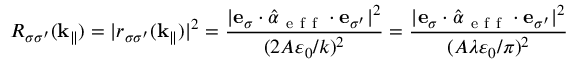
R _ { \sigma \sigma ^ { \prime } } ( \mathbf { k } _ { \| } ) = | r _ { \sigma \sigma ^ { \prime } } ( \mathbf { k } _ { \| } ) | ^ { 2 } = \frac { | \mathbf { e } _ { \sigma } \cdot \hat { \boldsymbol { \alpha } } _ { \mathrm { ~ e ~ f ~ f ~ } } \cdot \mathbf { e } _ { \sigma ^ { \prime } } | ^ { 2 } } { ( 2 A \varepsilon _ { 0 } / k ) ^ { 2 } } = \frac { | \mathbf { e } _ { \sigma } \cdot \hat { \boldsymbol { \alpha } } _ { \mathrm { ~ e ~ f ~ f ~ } } \cdot \mathbf { e } _ { \sigma ^ { \prime } } | ^ { 2 } } { ( A \lambda \varepsilon _ { 0 } / \pi ) ^ { 2 } }